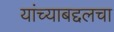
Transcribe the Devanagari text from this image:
यांच्याबद्दलचा